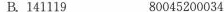
B.141119 80045200034